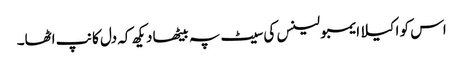
اس کو اکیلا ایمبولینس کی سیٹ پہ بیٹھا دیکھ کہ دل کانپ اٹھا۔